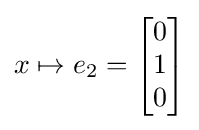
x\mapsto e_{2}={\begin{bmatrix}0\\1\\0\end{bmatrix}}